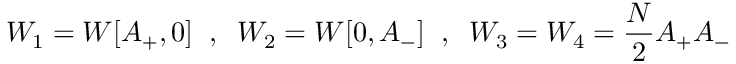
W _ { 1 } = W [ A _ { + } , 0 ] \; \; , \; \; W _ { 2 } = W [ 0 , A _ { - } ] \; \; , \; \; W _ { 3 } = W _ { 4 } = { \frac { N } { 2 } } A _ { + } A _ { - }